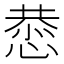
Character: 𫺯